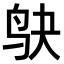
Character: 𫛞